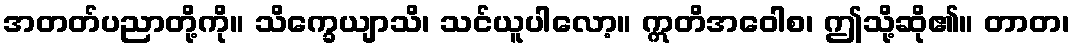
အတတ်ပညာတို့ကို။ သိက္ခေယျာသိ၊ သင်ယူပါလော့။ ဣတိအဝေါစ၊ ဤသို့ဆို၏။ တာတ၊